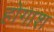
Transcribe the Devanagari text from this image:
होगाश